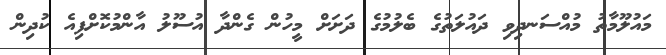
މައުލޫމާތު މުއްސަނދިވި ދައުލަތުގެ ބެލުމުގެ ދަށަށް މީހުން ގެންދާ އުސޫލު އާންމުކޮށްފިއެ ކުދިން